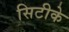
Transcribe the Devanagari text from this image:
सिटीके